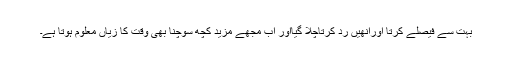
بہت سے فیصلے کرتا اورانھیں رد کرتاچلا گیااور اب مجھے مزید کچھ سوچنا بھی وقت کا زیاں معلوم ہوتا ہے۔